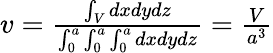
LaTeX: \begin{array}{r}{v={{\frac{\int_{V}dxdydz}{\int_{0}^{a}\int_{0}^{a}\int_{0}^{a}dxdydz}}}={\frac{V}{a^{3}}}}\end{array}